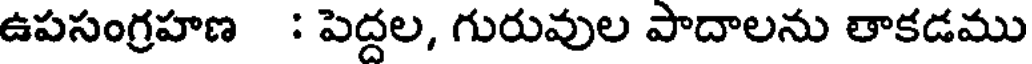
ఉపసంగ్రహణ : పెద్దల, గురువుల పాదాలను తాకడము